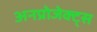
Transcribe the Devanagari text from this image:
अनप्रोजेक्ट्स